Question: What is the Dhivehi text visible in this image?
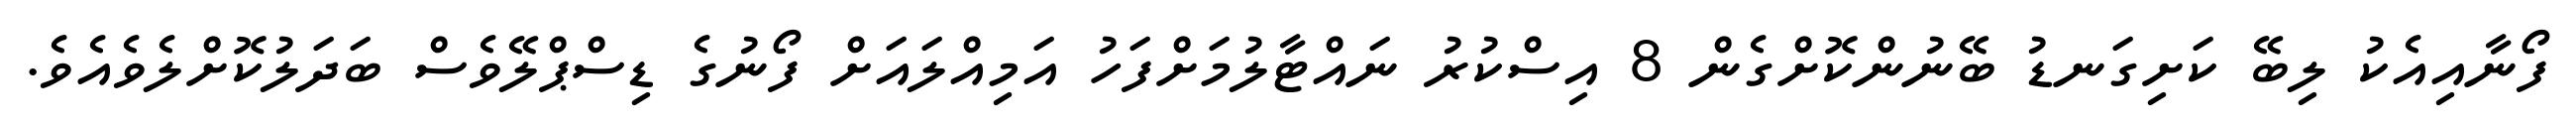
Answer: ފޯނާއިއެކު ލިބޭ ކަށިގަނޑު ބޭނުންކޮށްގެން 8 އިސްކުރު ނައްޓާލުމަށްފަހު އަމިއްލައަށް ފޯނުގެ ޑިސްޕްލޭވެސް ބަދަލުކޮށްލެވެއެވެ.